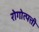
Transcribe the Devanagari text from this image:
रोगोत्पत्ती